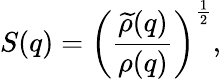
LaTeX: S(q)=\left({\frac{\widetilde{\rho}(q)}{\rho(q)}}\right)^{{\frac{1}{2}}},